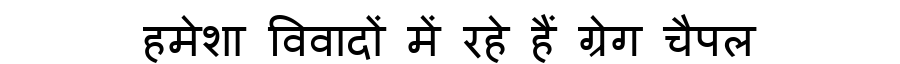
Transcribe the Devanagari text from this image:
हमेशा विवादों में रहे हैं ग्रेग चैपल